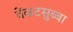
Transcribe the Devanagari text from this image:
वेंकटसुब्बा